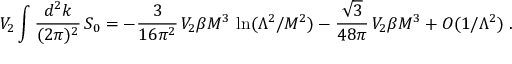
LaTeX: V _ { 2 } \int \frac { d ^ { 2 } k } { ( 2 \pi ) ^ { 2 } } \, { \cal S } _ { 0 } = - \frac { 3 } { 1 6 \pi ^ { 2 } } \, V _ { 2 } \beta M ^ { 3 } \, \ln ( \Lambda ^ { 2 } / M ^ { 2 } ) - \frac { \sqrt { 3 } } { 4 8 \pi } \, V _ { 2 } \beta M ^ { 3 } + O ( 1 / \Lambda ^ { 2 } ) \; .